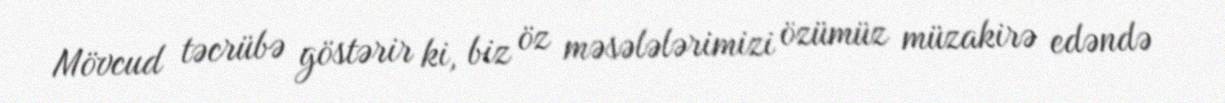
Mövcud təcrübə göstərir ki, biz öz məsələlərimizi özümüz müzakirə edəndə